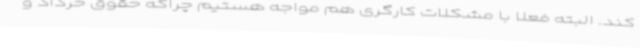
کند. البته فعلا با مشکلات کارگری هم مواجه هستیم چراکه حقوق خرداد و